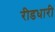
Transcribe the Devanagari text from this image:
रीडधारी